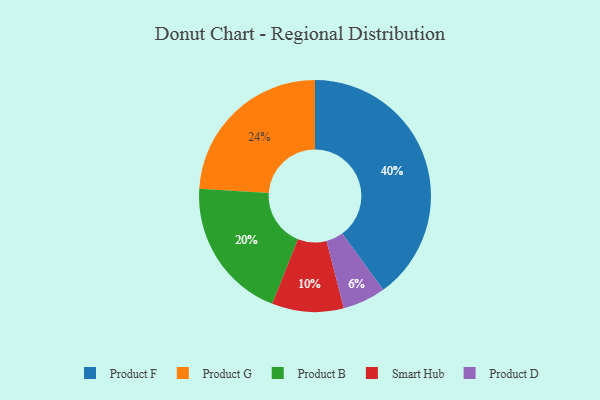
{"axis": {"x": "Category", "y": "Percentage"}, "legend": ["Product B", "Product D", "Product F", "Product G", "Smart Hub"], "data": [{"x": "Smart Hub", "y": 10, "type": "Smart Hub"}, {"x": "Product G", "y": 24, "type": "Product G"}, {"x": "Product D", "y": 6, "type": "Product D"}, {"x": "Product F", "y": 40, "type": "Product F"}, {"x": "Product B", "y": 20, "type": "Product B"}]}